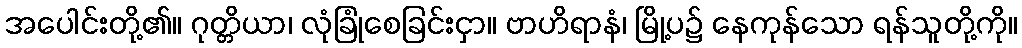
အပေါင်းတို့၏။ ဂုတ္တိယာ၊ လုံခြုံစေခြင်းငှာ။ ဗာဟိရာနံ၊ မြို့ပ၌ နေကုန်သော ရန်သူတို့ကို။